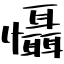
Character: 懾